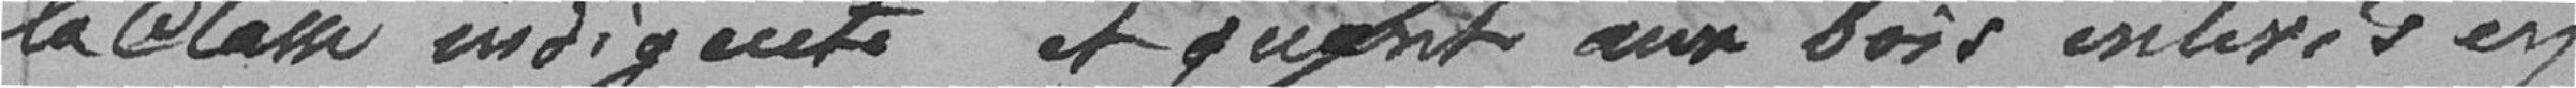
la Classe indigente et quant aux bois enterrés